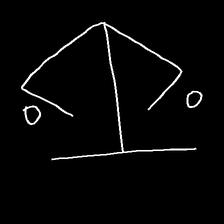
Glyph: earth